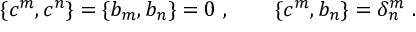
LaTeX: \{ c ^ { m } , c ^ { n } \} = \{ b _ { m } , b _ { n } \} = 0 ~ , ~ ~ ~ ~ ~ ~ \{ c ^ { m } , b _ { n } \} = \delta _ { n } ^ { m } ~ .